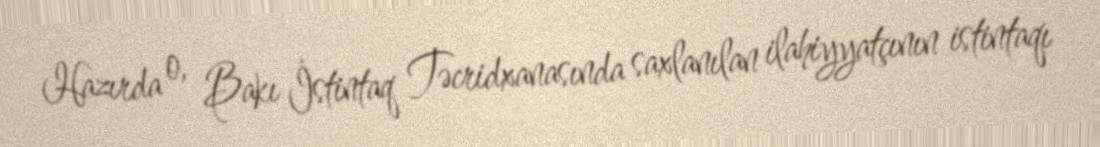
Hazırda o, Bakı İstintaq Təcridxanasında saxlanılan ilahiyyatçının istintaqı